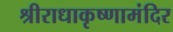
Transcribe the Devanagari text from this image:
श्रीराधाकृष्णामंदिर